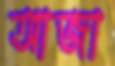
আজা